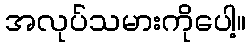
အလုပ်သမားကိုပေါ့။